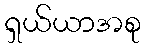
ရှယ်ယာအစု